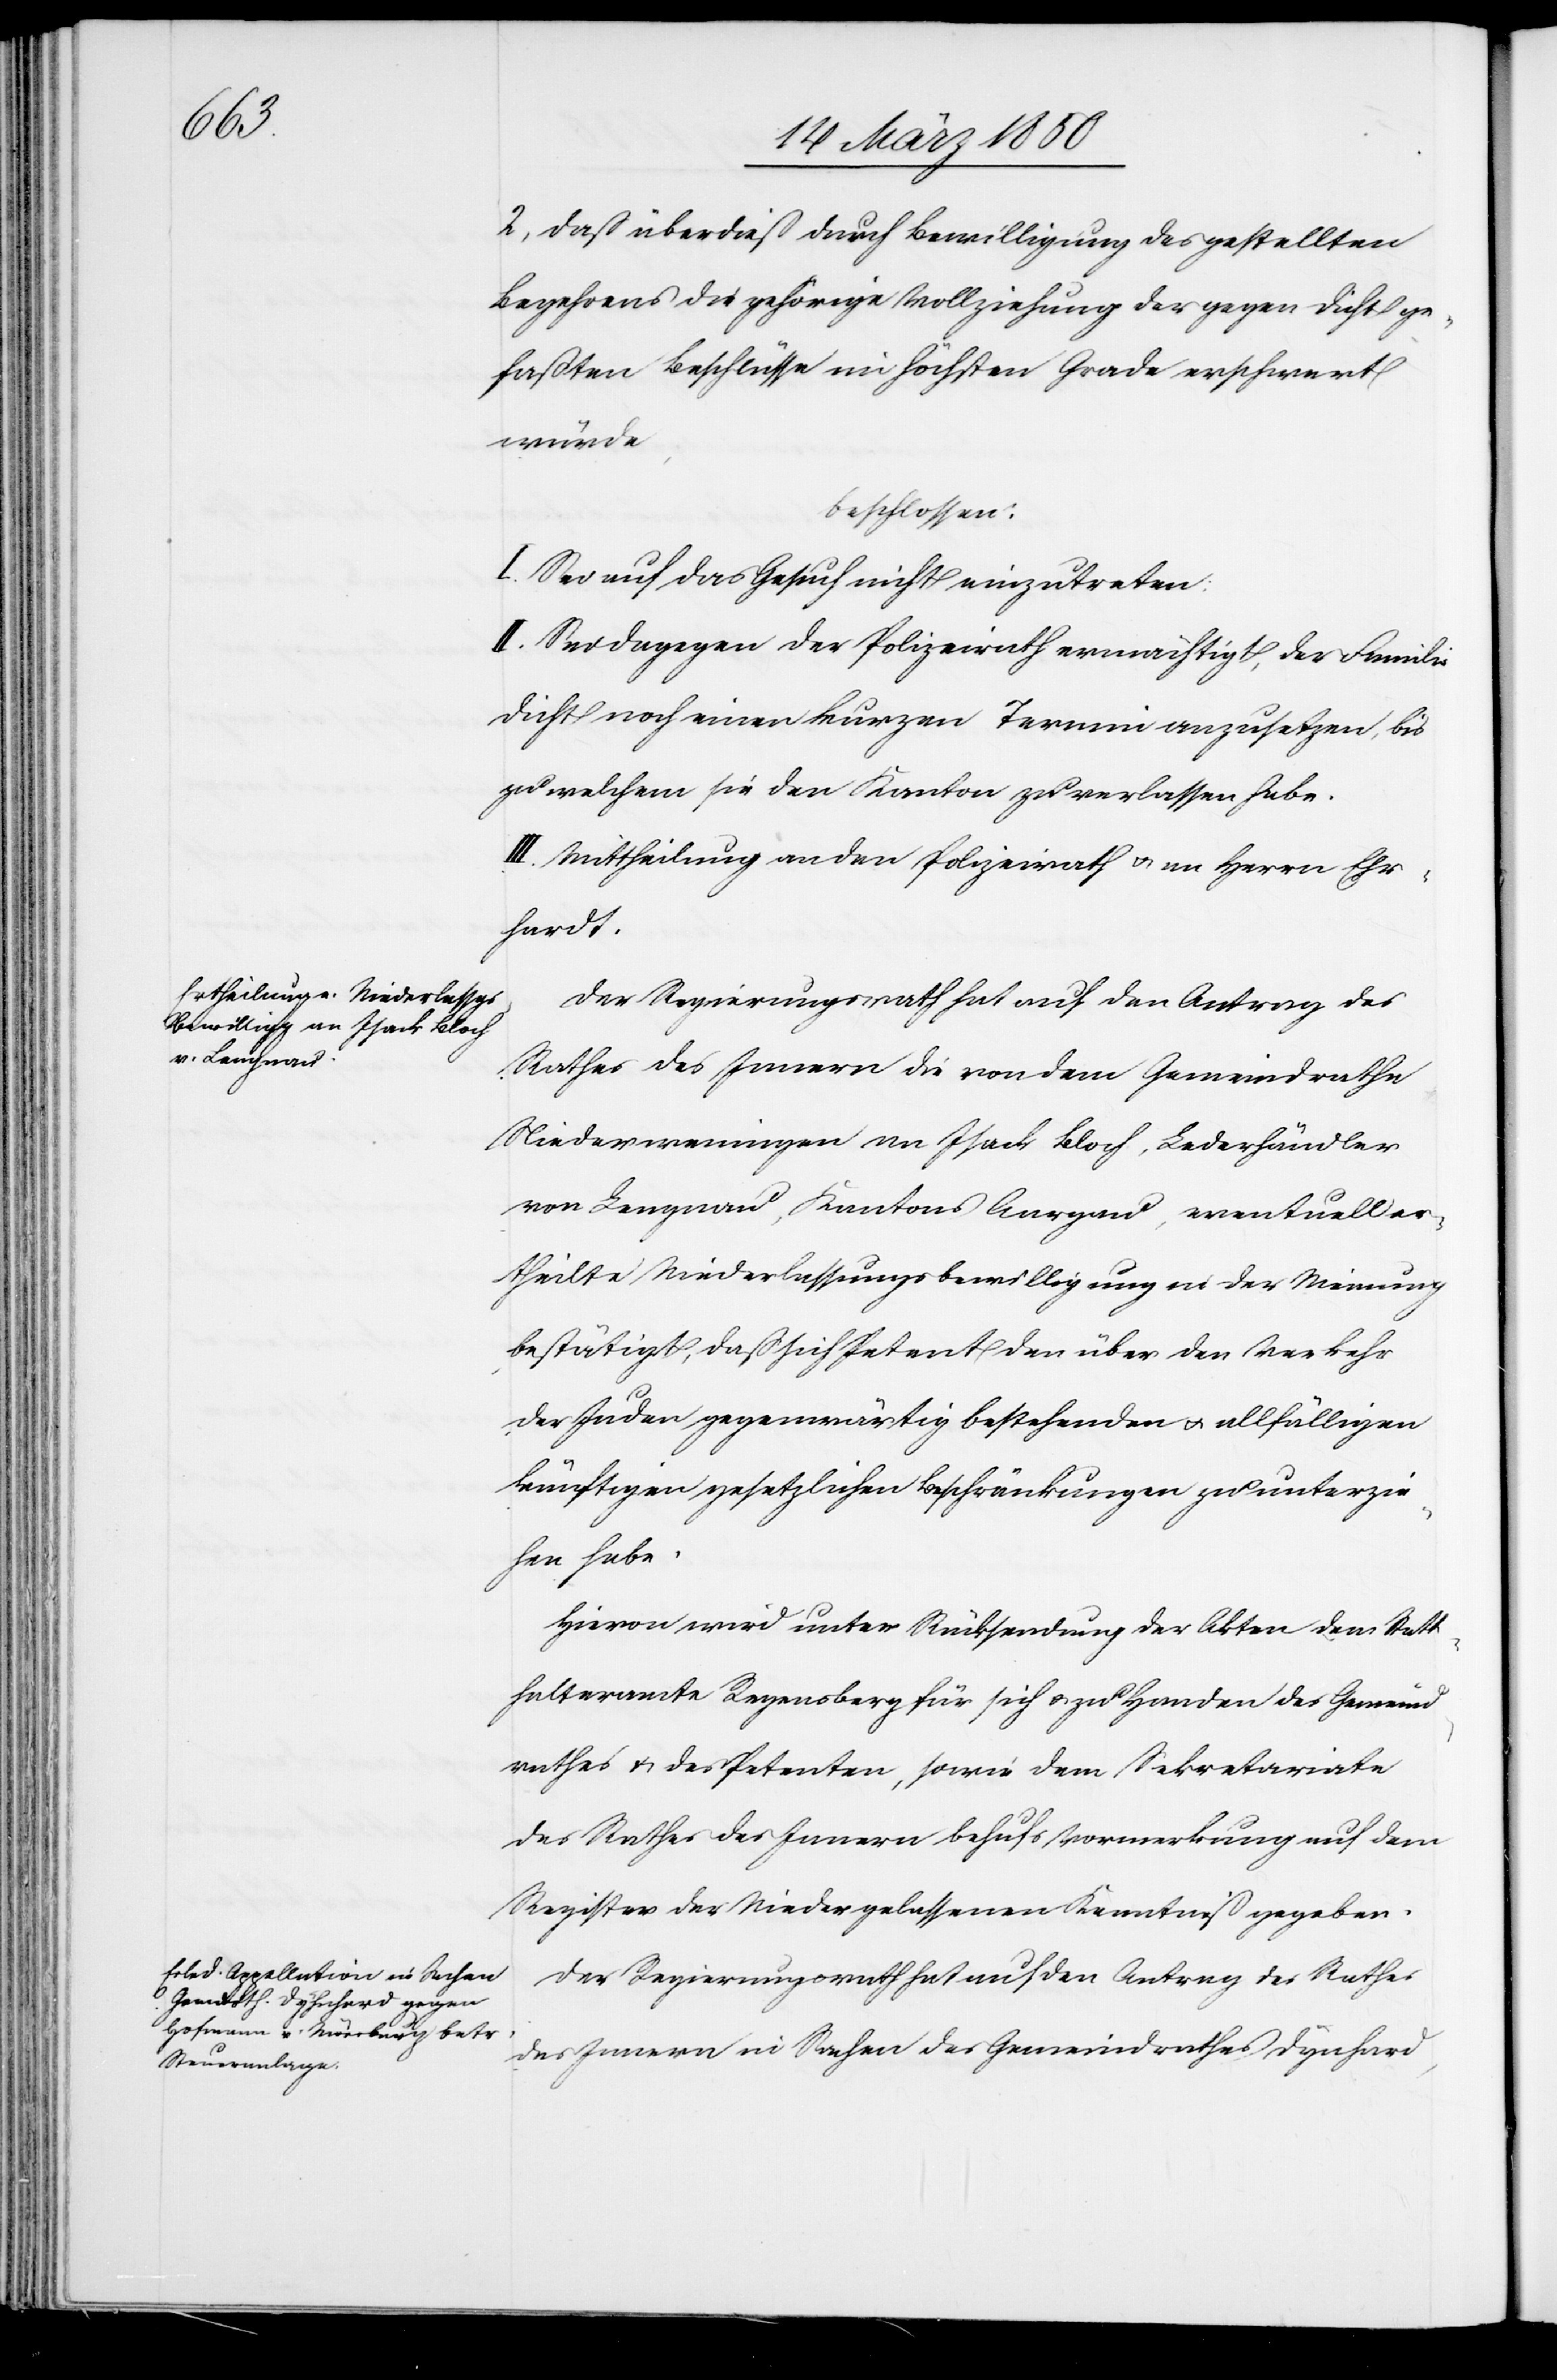
2, Daß überdieß durch Bewilligung des gestellten
Begehrens die gehörige Vollziehung der gegen Dicht ge¬
faßten Beschlüsse im höchsten Grade erschwert
würde,
beschlossen:
I. Sei auf das Gesuch nicht einzutreten:
II. Sei dagegen der Polizeirath ermächtigt, der Familie
Dicht noch einen kurzen Termin anzusetzen, bis
zu welchem sie den Kanton zu verlassen habe.
III. Mittheilung an den Polizeirath u. an Herrn Ehr¬
hardt.
Der Regierungsrath hat auf den Antrag des
Rathes des Innern die von dem Gemeindrathe
Niederweningen an Isack Block, Lederhändler
von Langnau, Kantons Aargau, eventuell er¬
theilte Niederlassungsbewilligung in der Meinung
bestätigt, daß sich Petent den über den Verkehr
der Juden gegenwärtig bestehenden u. allfälligen
künftigen gesetzlichen Beschränkungen zu unterzie¬
hen habe.
Hievon wird unter Rücksendung der Akten dem Statt¬
halteramte Regensberg für sich u. zu Handen des Gemeind¬
rathes u. des Petenten, sowie dem Sekretariate
des Rathes des Innern behufs Vormerkung auf dem
Register der Niedergelassenen Kenntniß gegeben.
Der Regierungsrath hat auf den Antrag des Rathes
des Innern in Sachen des Gemeindrathes Dynhard,